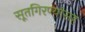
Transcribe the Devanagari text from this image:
सूतगिरण्यांसह